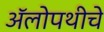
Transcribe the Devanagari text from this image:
अॅलोपथीचे